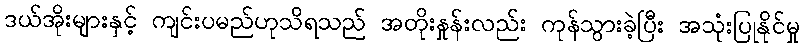
ဒယ်အိုးများနှင့် ကျင်းပမည်ဟုသိရသည် အတိုးနှုန်းလည်း ကုန်သွားခဲ့ပြီး အသုံးပြုနိုင်မှု